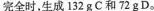
完全时，生成132gC和72gD。